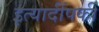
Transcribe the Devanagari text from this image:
इत्यादींपकी